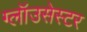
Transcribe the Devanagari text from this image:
ग्लॉउसेस्टर